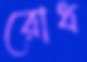
রোধ